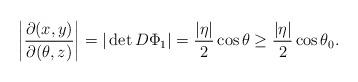
LaTeX: \begin{align*}\left|\frac{\partial(x,y)}{\partial(\theta,z)}\right| = |\det D\Phi_1| = \frac{|\eta|}{2}\cos\theta\ge \frac{|\eta|}{2}\cos\theta_0 .\end{align*}